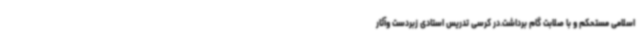
اسلامی مستحکم و با صلابت گام برداشت.در کرسی تدریس استادی زبردست وآثار